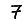
Digit: 7